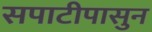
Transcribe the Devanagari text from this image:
सपाटीपासुन